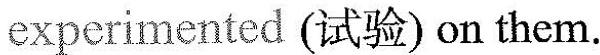
experimented (试验) on them.